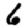
Digit: 6